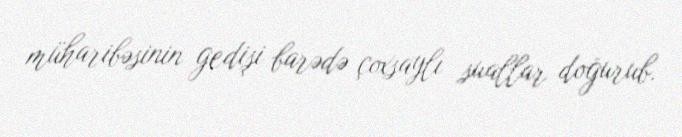
müharibəsinin gedişi barədə çoxsaylı suallar doğurub.